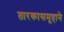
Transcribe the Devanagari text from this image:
तारकासमूहाने